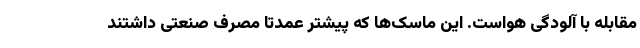
مقابله با آلودگی هواست. این ماسک‌ها که پیشتر عمدتا مصرف صنعتی داشتند